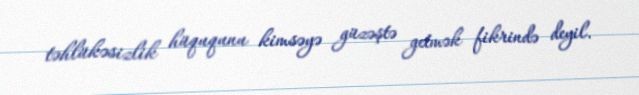
təhlükəsizlik hüququnu kimsəyə güzəştə getmək fikrində deyil.